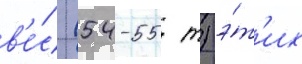
в'е́с (54-55 т) э́т'их